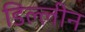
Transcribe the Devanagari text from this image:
डिल्लीन